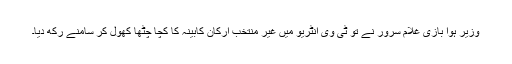
وزیر ہوا بازی غلام سرور نے تو ٹی وی انٹریو میں غیر منتخب ارکان کابینہ کا کچا چٹھا کھول کر سامنے رکھ دیا۔